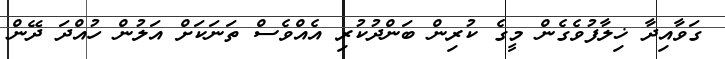
ގަވާއިދާ ޚިލާފުވެގެން މީގެ ކުރިން ބަންދުކުރި އެއްވެސް ތަނަކަށް އަލުން ހުއްދަ ދޭން